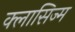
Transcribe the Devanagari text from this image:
क्लासिज्म